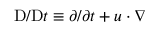
\mathrm { D } / \mathrm { D } t \equiv \partial / \partial t + \boldsymbol { u } \cdot \boldsymbol { \nabla }